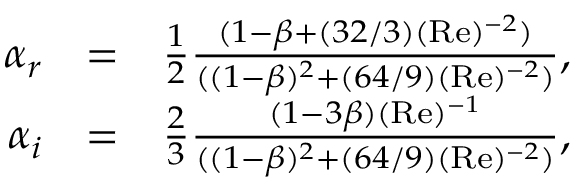
\begin{array} { r l r } { \alpha _ { r } } & { = } & { \frac { 1 } { 2 } \frac { ( 1 - \beta + ( 3 2 / 3 ) ( \mathrm { R e } ) ^ { - 2 } ) } { ( ( 1 - \beta ) ^ { 2 } + ( 6 4 / 9 ) ( \mathrm { R e } ) ^ { - 2 } ) } , } \\ { \alpha _ { i } } & { = } & { \frac { 2 } { 3 } \frac { ( 1 - 3 \beta ) ( \mathrm { R e } ) ^ { - 1 } } { ( ( 1 - \beta ) ^ { 2 } + ( 6 4 / 9 ) ( \mathrm { R e } ) ^ { - 2 } ) } , } \end{array}